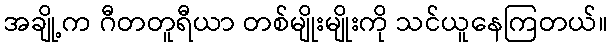
အချို့က ဂီတတူရီယာ တစ်မျိုးမျိုးကို သင်ယူနေကြတယ်။